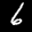
Label: 6